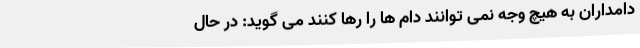
دامداران به هیچ وجه نمی توانند دام ها را رها کنند می گوید: در حال